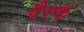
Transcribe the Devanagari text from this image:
पैरक